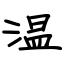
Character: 温